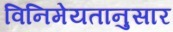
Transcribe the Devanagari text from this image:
विनिमेयतानुसार